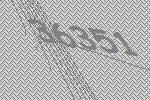
36351